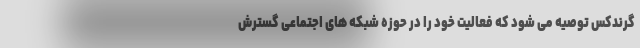
گرندکس توصیه می شود که فعالیت خود را در حوزه شبکه های اجتماعی گسترش